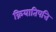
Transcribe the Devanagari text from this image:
क्रियातिपत्ति